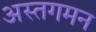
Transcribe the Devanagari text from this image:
अस्तगमन